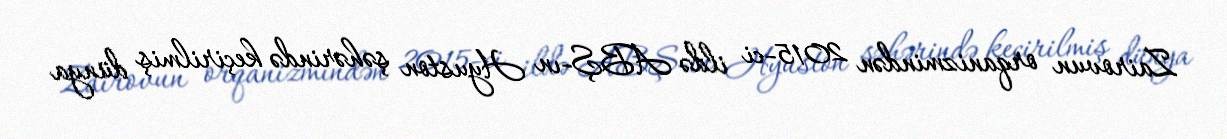
Zairovun orqanizmindən 2015-ci ildə ABŞ-ın Hyuston şəhərində keçirilmiş dünya